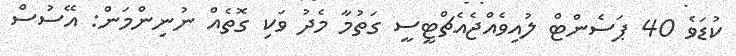
ކުޑަވެ 40 ޕަސެންޓް ލުއިވެއްޖެއެޗްޓީސީ ގަތުމާ މެދު ވަކި ގޮތެއް ނުނިންމަން: އޭސުސް